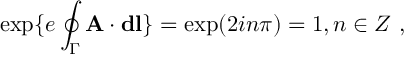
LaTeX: \exp \{ e \oint _ { \Gamma } { \bf A } \cdot { \bf d l } \} = \exp ( 2 i n \pi ) = 1 , n \in Z \ ,